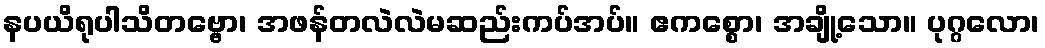
နပယိရုပါသိတဗ္ဗော၊ အဖန်တလဲလဲမဆည်းကပ်အပ်။ ဧကစ္စော၊ အချို့သော။ ပုဂ္ဂလော၊